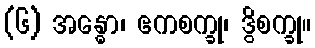
(၆) အန္ဓော၊ ဧကစက္ခု၊ ဒွိစက္ခု။